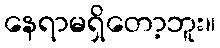
နေရာမရှိတော့ဘူး။